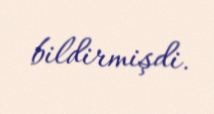
bildirmişdi.